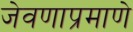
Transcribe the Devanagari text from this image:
जेवणाप्रमाणे